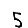
Digit: 5